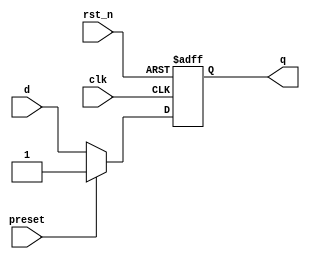
module dff_async_preset (
    input wire clk,
    input wire rst_n,
    input wire d,
    input wire preset,
    output reg q
);

always @ (posedge clk or negedge rst_n)
begin
    if (~rst_n)
        q <= 1'b0;
    else if (preset)
        q <= 1'b1;
    else
        q <= d;
end

endmodule